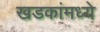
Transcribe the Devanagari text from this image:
खडकांंमध्ये